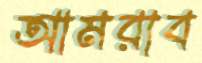
আমরাব